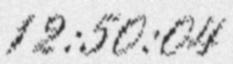
12:50:04